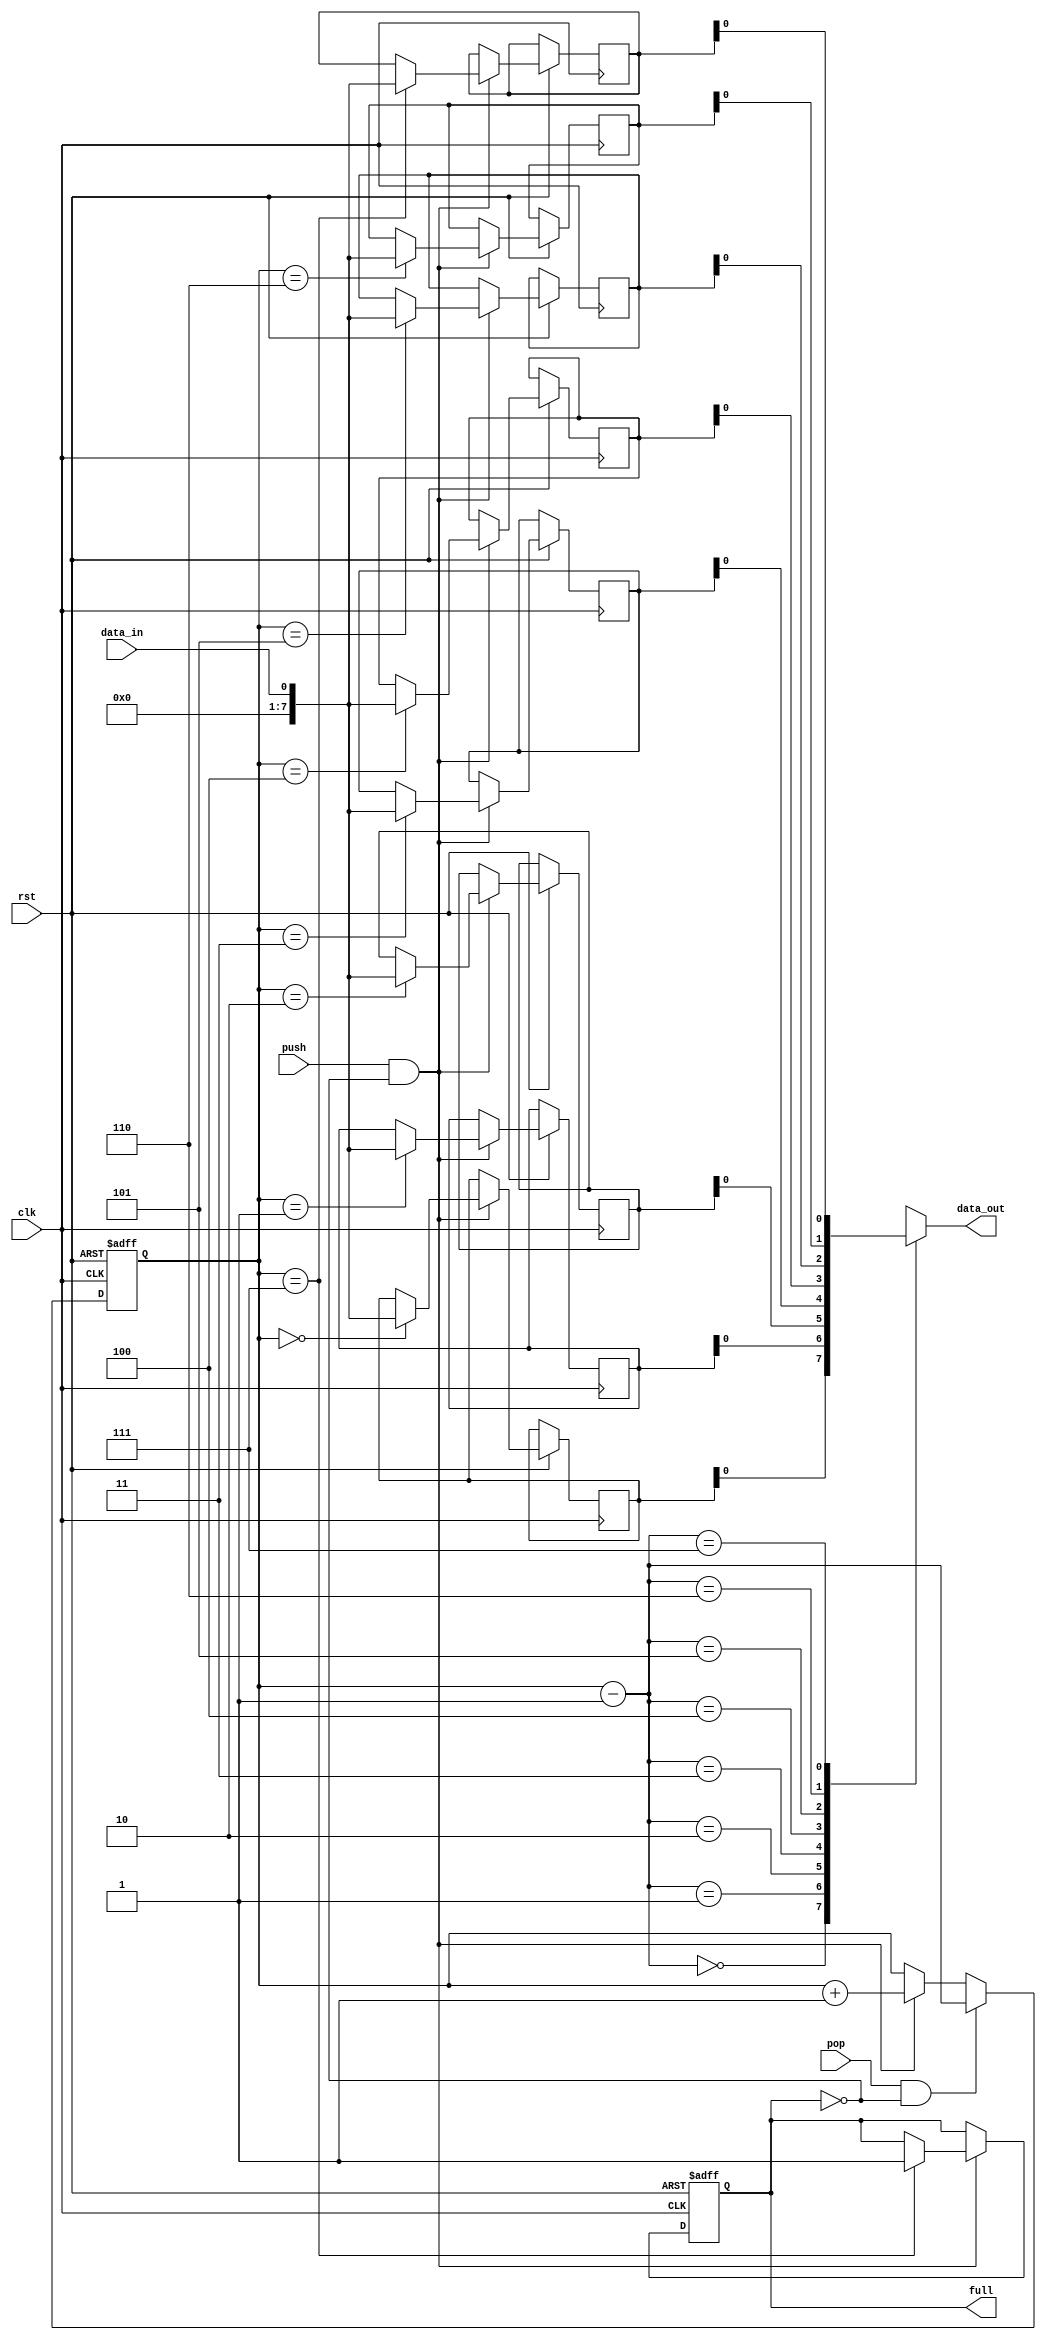
module lifo_block (
    input wire clk,
    input wire rst,
    input wire data_in,
    input wire push,
    input wire pop,
    output reg data_out,
    output reg full
);

reg [7:0] stack [0:7]; // Assuming stack size of 8
reg [2:0] top;

always @(posedge clk or negedge rst) begin
    if (rst == 1'b0) begin
        top <= 3'b000; // Initial top position
        full <= 1'b0; // Stack is not full
    end else begin
        if (push && ~full) begin
            stack[top] <= data_in;
            top <= top + 1;
            if (top == 3'b111) begin
                full <= 1'b1; // Stack is full
            end
        end
        if (pop && ~full) begin
            top <= top - 1;
        end
    end
end

assign data_out = stack[top - 1];

endmodule